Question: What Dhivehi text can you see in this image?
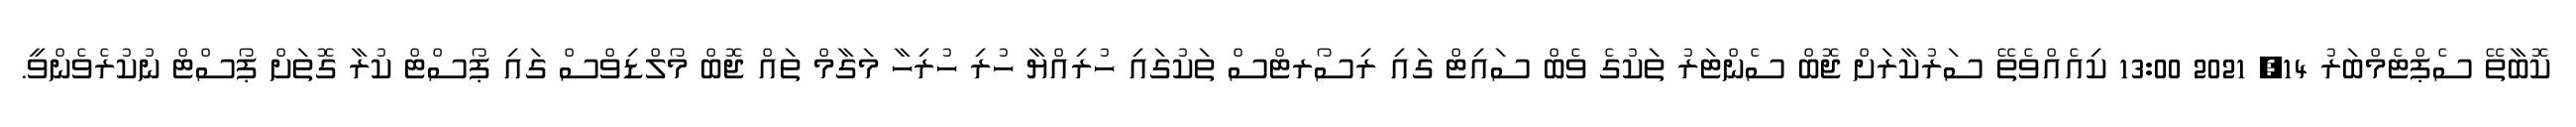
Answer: ކޮބާތޭ ސެޕްޓެމްބަރު 14, 2021 13:00 ކިއެއްވެތޭ ސަރުކާރަށް ޖޮބް ސެންޓަރު ތަކުގެ ވެބް ސައިޓް ގައި ރިސޯރޓްސް ތަކުގައި ހުރިއްޔާ ހުރި ހުރިހާ މަގާމް ތައް ޖޮބް މޯލްޑިވްސް ގައި ޕޯސްޓް ކުރާ ގޮތަށް ޕޯސްޓް ނުކުރެވެންވީ.